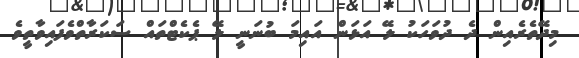
މިދޭތެރެއިން ދެ ދުވަހަކު ލޭ އަޅަން އައިމަ ބުނަނީ ލޭ ޕެކެޓްތައް ސަކަރާތްވެފައިވާތީވެ